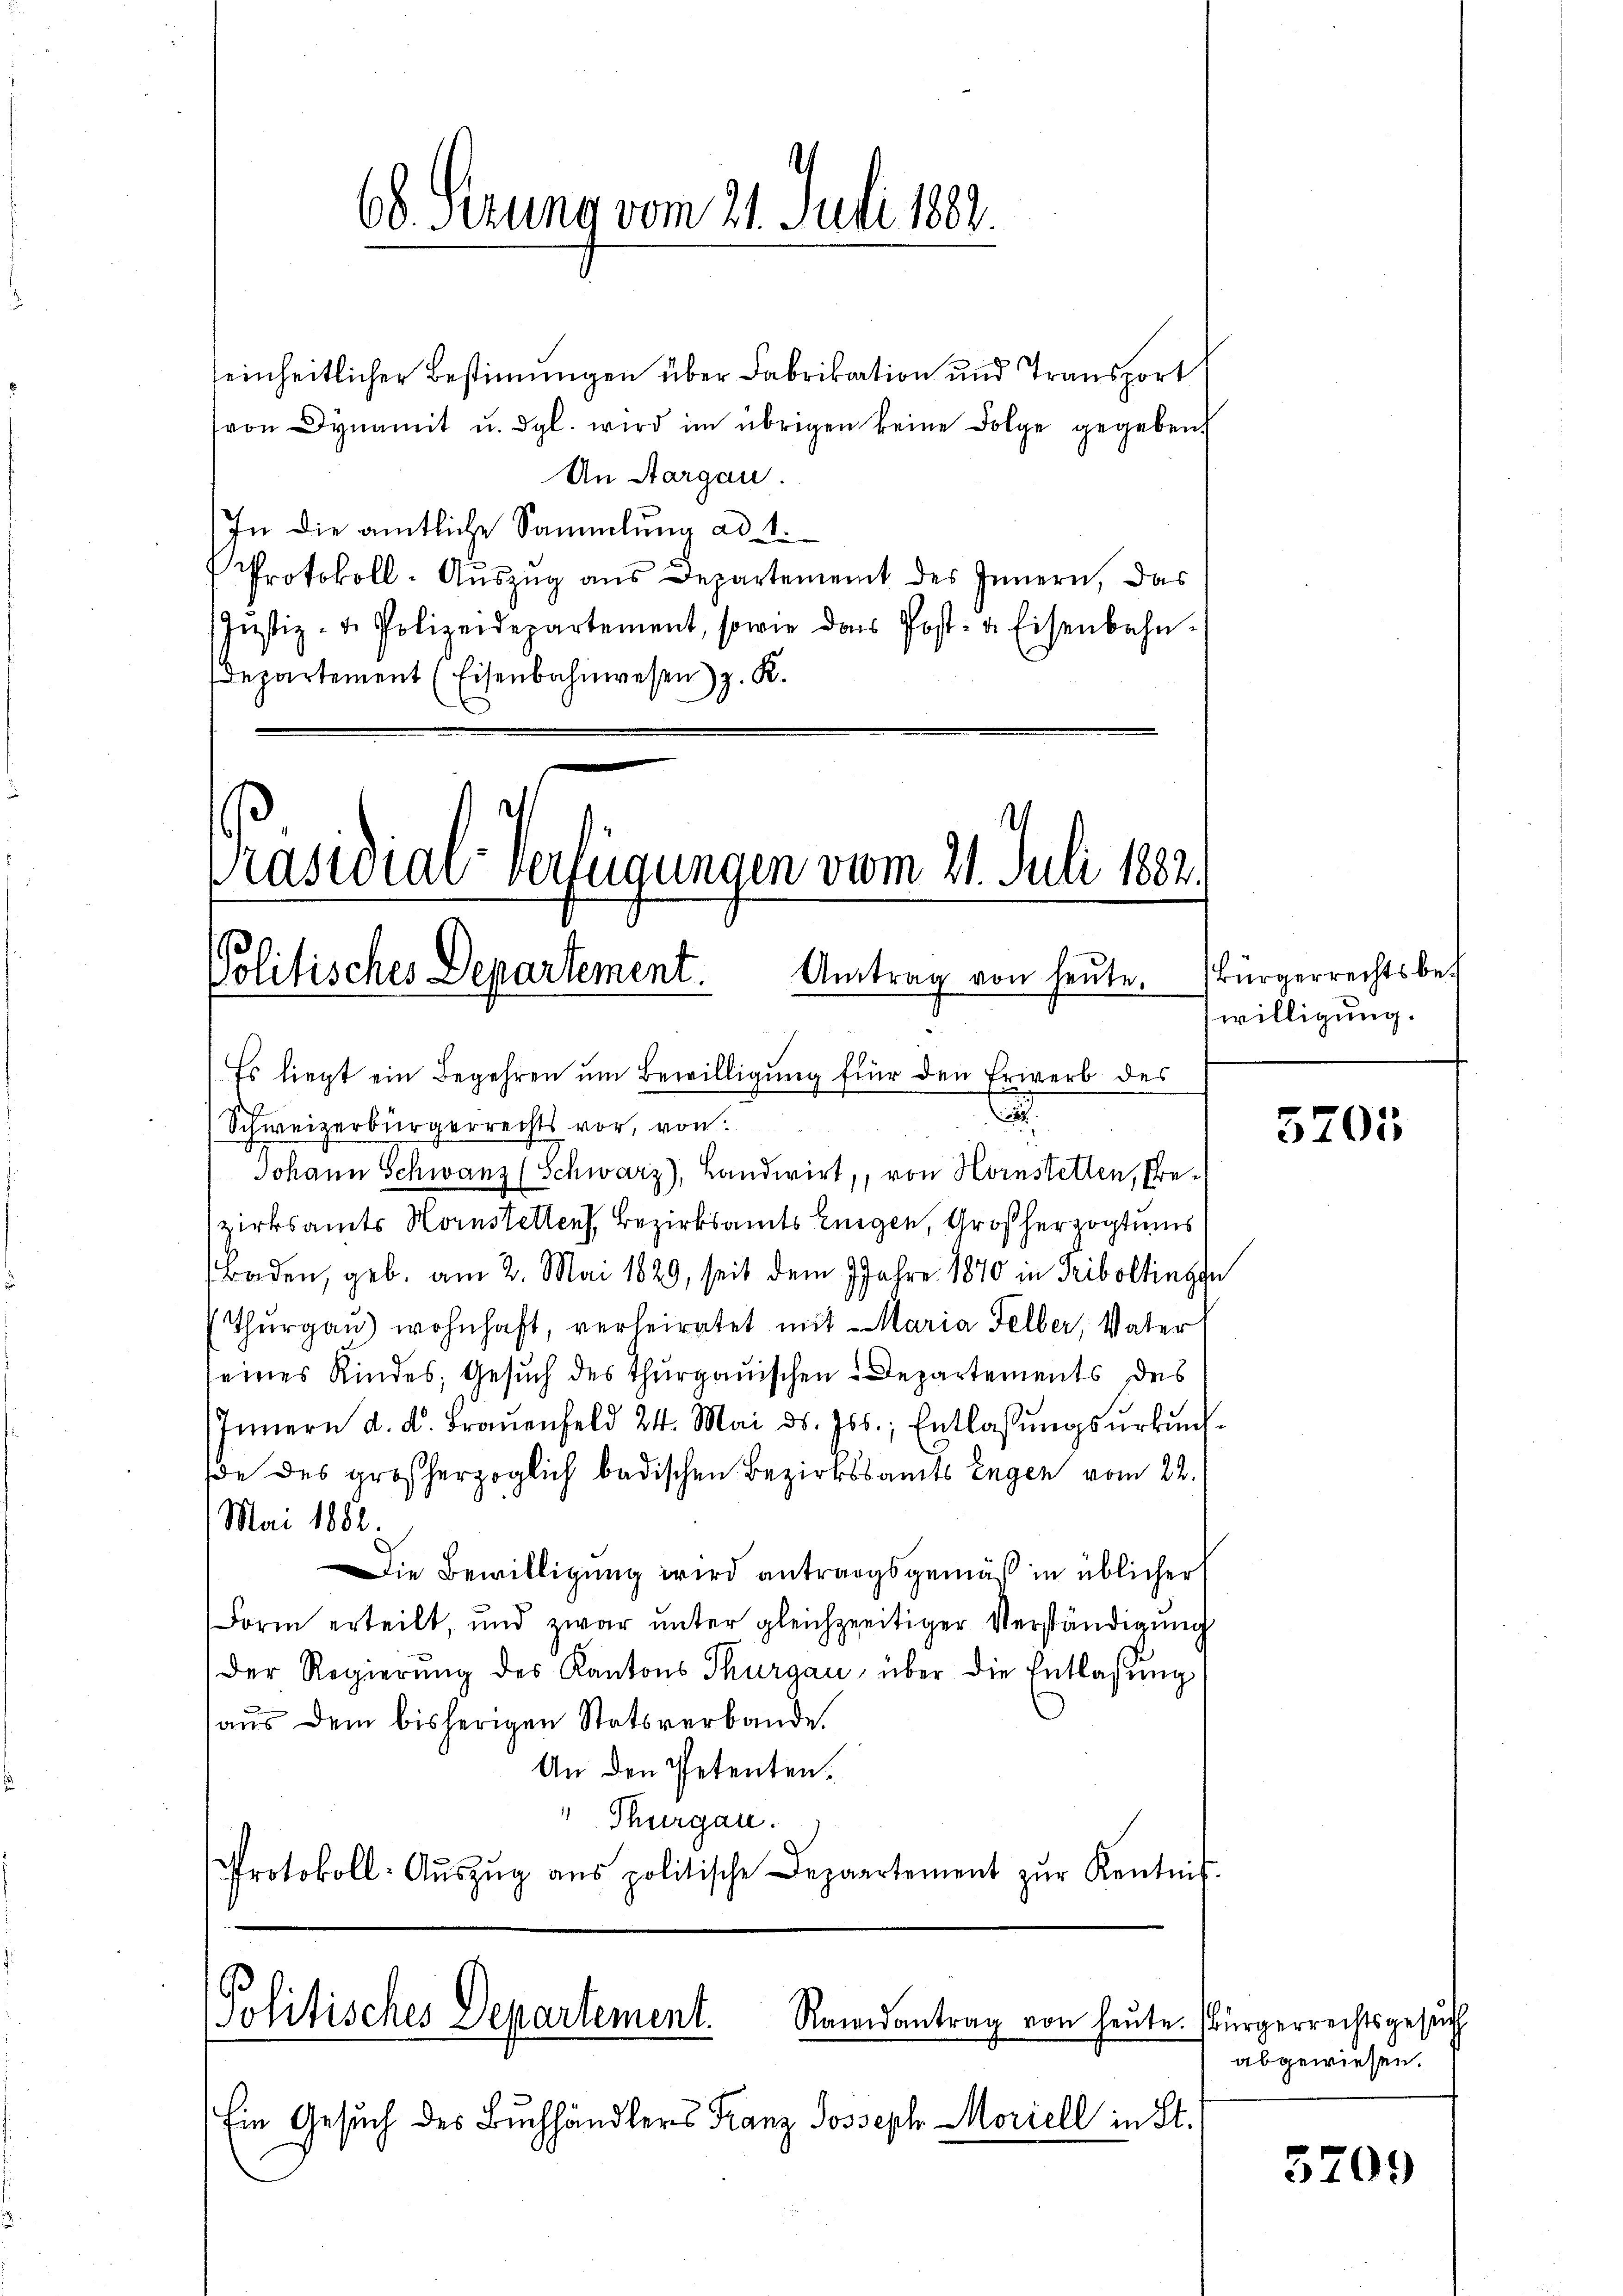
Prastoral-Verfügungen vom 21. Juli 1882.
Politisches Departement. Antrag von heŭte. (Bürgerrechts bet
Es liegt ein Begehren um Bewilligung für den Erwerb des

66. Perung vom 21. Juli 1882.

seinheitlicher Bestimmungen über Fabrikation und Transport
von Dynamit u. dgl. wird im übrigen keine Folge gegeben.
An Aargau.
In die amtliche Sammlung ad 1.
Protokoll-Aŭszŭg aŭs Departement des Innern, das
Justiz- u. Polizeidepartement, sowie das Post- u. Eisenbahn-
departement (Eisenbahnwesen) z. K.

Politisches Departement.
Randantrag von heute. Bürgerrechtsgesuch
Ein Gesuch des Buchhändlers Franz Joseph Mariell in St.

.
Schweizerbürgerrechts vor, von
Johann Schwanz (Schwarz), Landwirt, von Hornstetten, Prezirksamts Hornstetten Bezirksamts Eigen, Großherzogtums
Baden, geb. am 2. Mai 1829, seit dem Jahre 1870 in Triboltingen
Thŭrgaŭ) wohnhaft, verheiratet mit Maria Felber, Vater
seines Kindes, Gesuch des Thurgauischen Departements des
Innern d. d. Fraŭenfeld 24. Mai d. Js., Entlassŭngsŭrkŭnf-
de des großherzoglich badischen Bezirksamts Engen vom 22.
Mai 1886.
Die Bewilligung wird antragsgemäß in üblicher
Form erteilt, und zwar ŭnter gleichzeitiger Verständigŭng
Der Regierung des Kantons Thurgau über die Entlassung
aus dem bisherigen Statsverbande.
An den Petenten.
 Thurgau.
Protokoll-Aŭszŭg ans politische Depaartement zŭr Kentnis.

willigung.

5705

abgewiesen.

)
5703